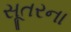
સૂતરના